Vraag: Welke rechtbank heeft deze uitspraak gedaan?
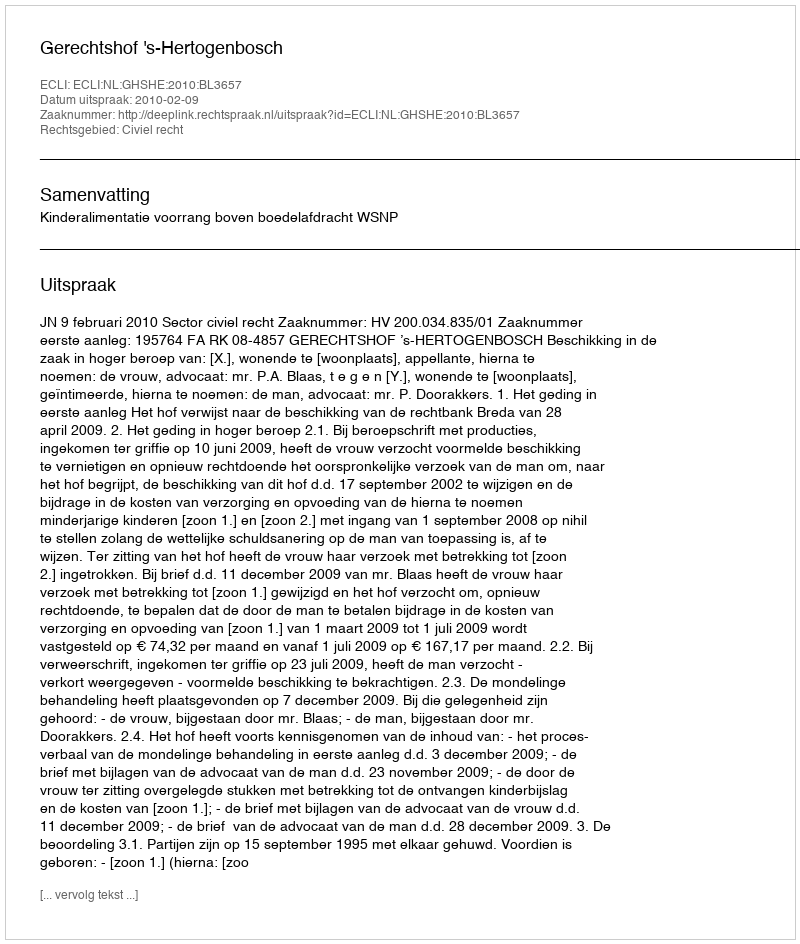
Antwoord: Gerechtshof 's-Hertogenbosch